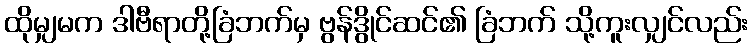
ထိုမျှမက ဒါဗီရာတို့ခြံဘက်မှ ဗွန်ဒွိုင်ဆင်၏ ခြံဘက် သို့ကူးလျှင်လည်း